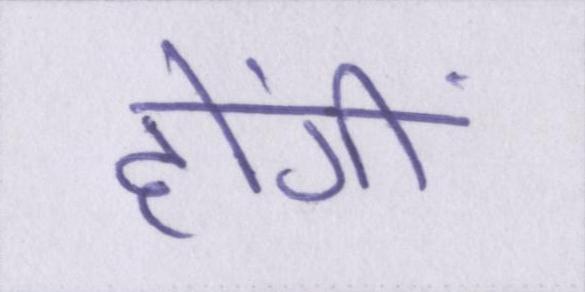
होंगीं